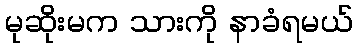
မုဆိုးမက သားကို နာခံရမယ်